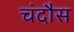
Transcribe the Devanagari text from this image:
चंदौस